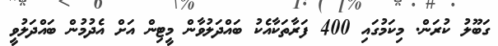
ގަބޫލު ކުރަން. މިކަމުގައި 400 ފަރާތަކާއެކު ބައްދަލުވާން މީޓިން އަށް އެދުމުން ބައްދަލުވީ